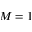
M = 1